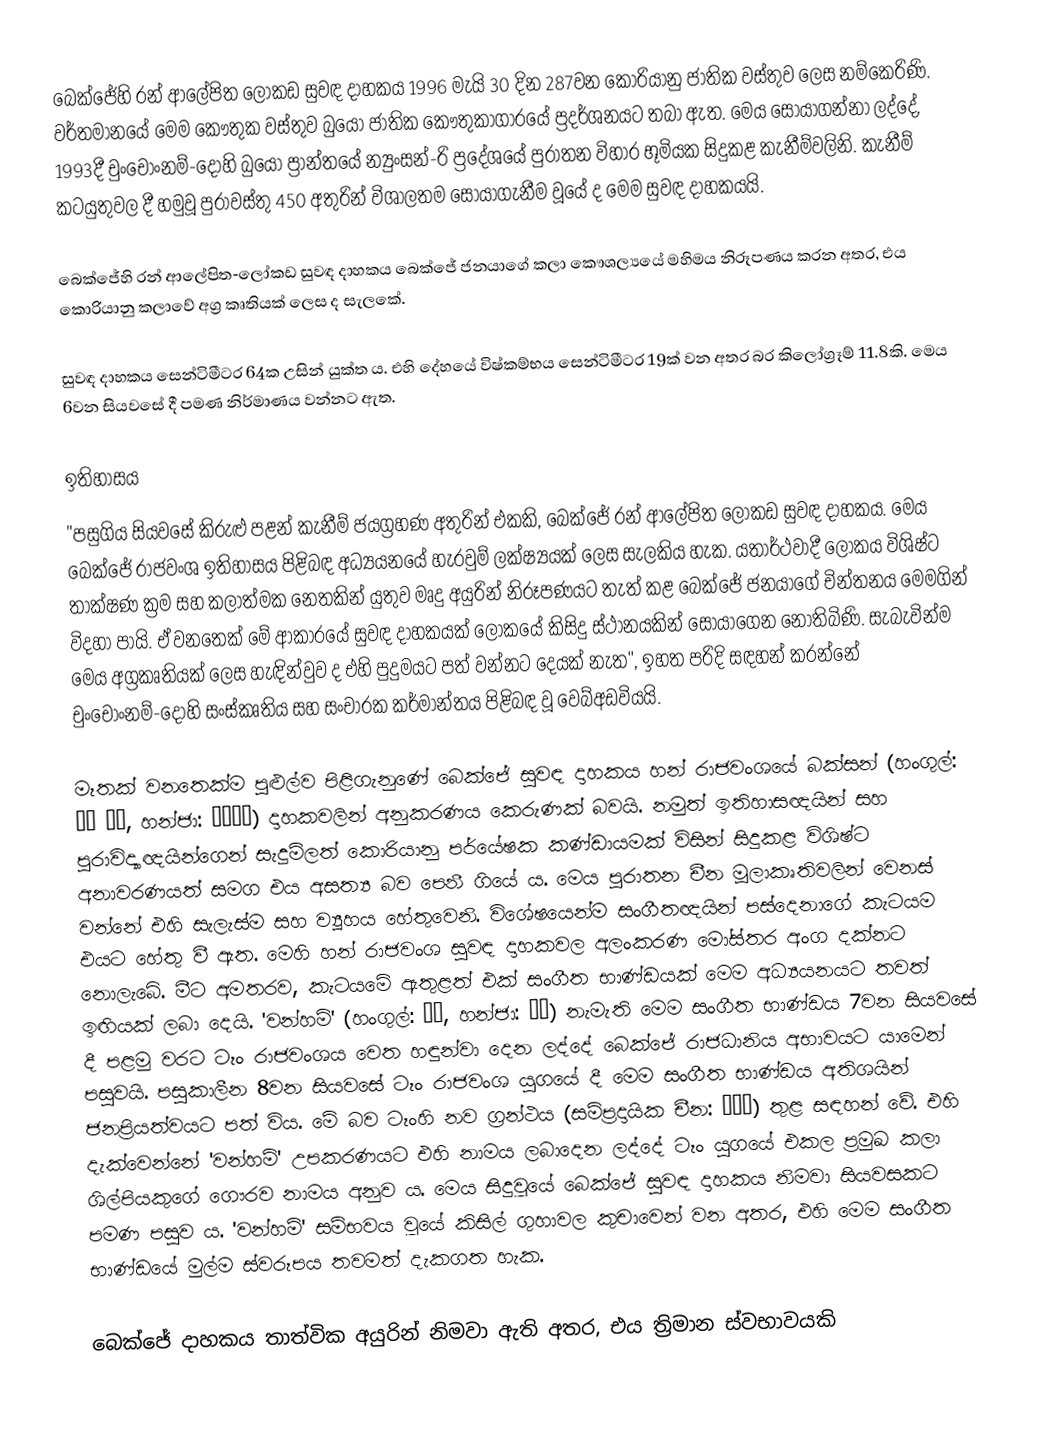
බෙක්ජේහි රන් ආලේපිත ලෝකඩ සුවඳ දාහකය 1996 මැයි 30 දින 287වන කොරියානු ජාතික වස්තුව ලෙස නම්කෙරිණි.  වර්තමානයේ මෙම කෞතුක වස්තුව බුයෝ ජාතික කෞතුකාගාරයේ ප්‍රදර්ශනයට තබා ඇත. මෙය සොයාගන්නා ලද්දේ, 1993දී චුංචොංනම්-දෝහි බුයෝ ප්‍රාන්තයේ න්‍යුංසන්-රි ප්‍රදේශයේ පුරාතන විහාර භූමියක සිදුකළ කැනීම්වලිනි. කැනීම් කටයුතුවල දී හමුවූ පුරාවස්තු 450 අතුරින් විශාලතම සොයාගැනීම වූයේ ද මෙම සුවඳ දාහකයයි.

බෙක්ජේහි රන් ආලේපිත-ලෝකඩ සුවඳ දාහකය බෙක්ජේ ජනයාගේ කලා කෞශල්‍යයේ මහිමය නිරූපණය කරන අතර, එය කොරියානු කලාවේ අග්‍ර කෘතියක් ලෙස ද සැලකේ.

සුවඳ දාහකය සෙන්ටිමීටර 64ක උසින් යුක්ත ය. එහි දේහයේ විෂ්කම්භය සෙන්ටිමීටර 19ක් වන අතර බර කි‍ලෝග්‍රෑම් 11.8කි. මෙය 6වන සියවසේ දී පමණ නිර්මාණය වන්නට ඇත.

ඉතිහාසය
"පසුගිය සියවසේ කිරුළු පළන් කැනීම් ජයග්‍රහණ අතුරින් එකකි, බෙක්ජේ රන් ආලේපිත ලෝකඩ සුවඳ දාහකය. මෙය බෙක්ජේ රාජවංශ ඉතිහාසය පිළිබඳ අධ්‍යයනයේ හැරවුම් ලක්ෂ්‍යයක් ලෙස සැලකිය හැක. යතාර්ථවාදී ලෝකය විශිෂ්ට තාක්ෂණ ක්‍රම සහ කලාත්මක නෙතකින් යුතුව මෘදු අයුරින් නිරූපණයට තැත් කළ බෙක්ජේ ජනයාගේ චින්තනය මෙමගින් විදහා පායි. ඒ වනතෙක් මේ ආකාරයේ සුවඳ දාහකයක් ලෝකයේ කිසිදු ස්ථානයකින් සොයාගෙන නොතිබිණි. සැබැවින්ම මෙය අග්‍රකෘතියක් ලෙස හැඳින්වුව ද එහි පුදුමයට පත් වන්නට දෙයක් නැත", ඉහත පරිදි සඳහන් කරන්නේ චුංචොංනම්-දෝහි සංස්කෘතිය සහ සංචාරක කර්මාන්තය පිළිබඳ වූ වෙබ්අඩවියයි.

මෑතක් වනතෙක්ම පුළුල්ව පිළිගැනුණේ බෙක්ජේ සුවඳ දාහකය හන් රාජවංශයේ බක්සන් (හංගුල්: 박산 향로, හන්ජා: 博山香爐) දාහකවලින් අනුකරණය කෙරුණක් බවයි. නමුත් ඉතිහාසඥයින් සහ පුරාවිද්‍යාඥයින්ගෙන් සැදුම්ලත් කොරියානු පර්යේෂක කණ්ඩායමක් විසින් සිදුකළ විශිෂ්ට අනාවරණයත් සමග එය අසත්‍ය බව පෙනී ගියේ ය. මෙය පුරාතන චීන මූලාකෘතිවලින් වෙනස් වන්නේ එහි සැලැස්ම සහ ව්‍යූහය හේතුවෙනි. විශේෂයෙන්ම සංගීතඥයින් පස්දෙනාගේ කැටයම එයට හේතු වී ඇත. මෙහි හන් රාජවංශ සුවඳ දාහකවල අලංකරණ මෝස්තර අංග දක්නට නොලැබේ. මීට අමතරව, කැටයමේ ඇතුළත් එක් සංගීත භාණ්ඩයක් මෙම අධ්‍යයනයට තවත් ඉඟියක් ලබා දෙයි. 'වන්හම්' (හංගුල්: 완함, හන්ජා: 阮咸) නැමැති මෙම සංගීත භාණ්ඩය 7වන සියවසේ දී පළමු වරට ටෑං රාජවංශය වෙත හඳුන්වා දෙන ලද්දේ බෙක්ජේ රාජධානිය අභාවයට යාමෙන් පසුවයි. පසුකාලීන 8වන සියවසේ ටෑං රාජවංශ යුගයේ දී මෙම සංගීත භාණ්ඩය අතිශයින් ජනප්‍රියත්වයට පත් විය. මේ බව ටෑංහි නව ග්‍රන්ථය (සම්ප්‍රදායික චීන: 新唐書) තුළ සඳහන් වේ. එහි දැක්වෙන්නේ 'වන්හම්' උපකරණයට එහි නාමය ලබාදෙන ලද්දේ ටෑං යුගයේ එකල ප්‍රමුඛ කලා ශිල්පියකුගේ ගෞරව නාමය අනුව ය. මෙය සිදුවූයේ බෙක්ජේ සුවඳ දාහකය නිමවා සියවසකට පමණ පසුව ය. 'වන්හම්' සම්භවය වූයේ කිසිල් ගුහාවල කුචාවෙන් වන අතර, එහි මෙම සංගීත භාණ්ඩයේ මුල්ම ස්වරූපය තවමත් දැකගත හැක.

බෙක්ජේ දාහකය තාත්වික අයුරින් නිමවා ඇති අතර, එය ත්‍රිමාන ස්වභාවයකි